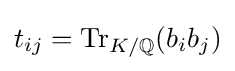
t_{ij}={\text{Tr}}_{K/\mathbb {Q} }(b_{i}b_{j})